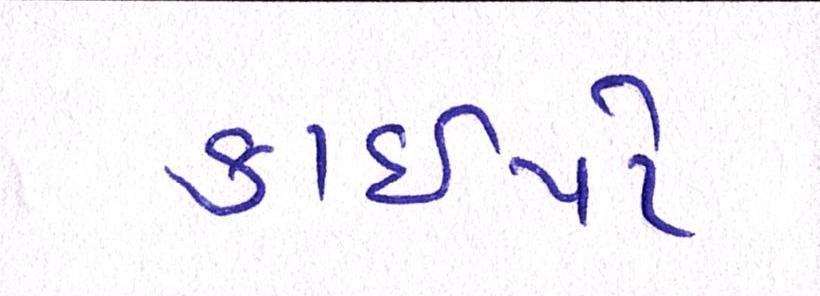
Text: કાઇપો